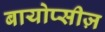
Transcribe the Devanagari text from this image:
बायोप्सीज़